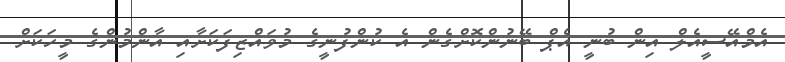
އެމްއޭސީއެލް އިން ބުނީ އެޕް ބޭނުންކޮށްގެން އެ ކުންފުނީގެ މުވައްޒިފަކަށާއި އާންމުންގެ މީހަކަށް